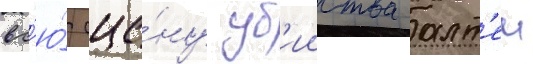
вс'ю́ сце́ну уб'ииства алт'еи